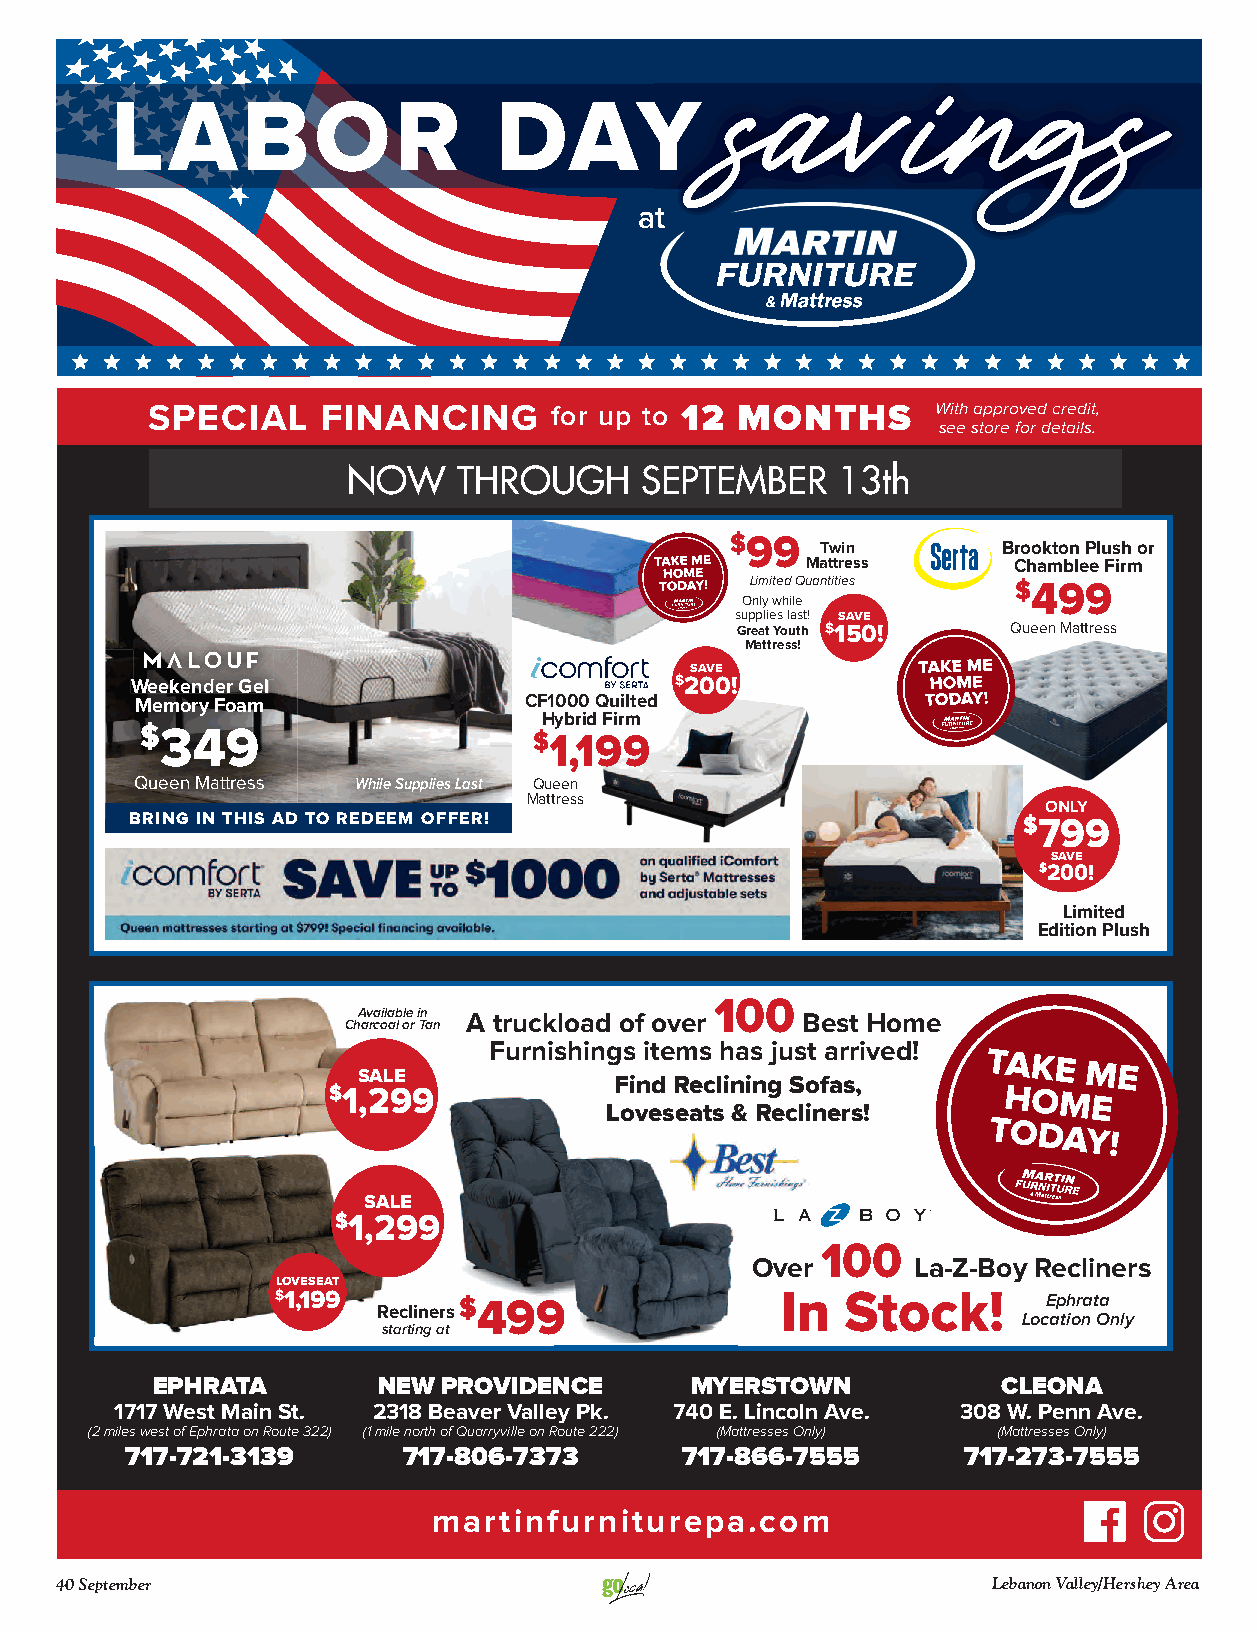
savings
 LABOR                     DAY
 at
 SPECIAL    FINANCING      for up to 12 MONTHS       With approved credit,
 see store for details.
 NAUOGWU TSHTR 1O8UthG - HS ESPepTTEeMmBbeERR 1133tthh
 $99
 Twin        Brookton Plush or
 Mattress      Chamblee Firm
 Limited Quantities $499
 Only while
 supplies last! SAVE
 Great Youth $150! Queen Mattress
 Mattress!
 SAVE
 WWeeeekkeennddeerr GGeell           $200!
 Memory Foam               CF1000 Quilted
 Hybrid Firm
 $349
 $1,199
 Queen Mattress While Supplies Last Queen
 Mattress
 ONLY
 BRING IN THIS AD TO REDEEM OFFER!                          $799
 SAVE
 $200!
 Limited
 Edition Plush
 100
 Available in A truckload of over Best Home
 Charcoal or Tan
 Furnishings items has just arrived!
 SALE             Find Reclining Sofas,
 $1,299
 Loveseats & Recliners!
 SALE
 $1,299
 100
 Over       La-Z-Boy Recliners
 LOVESEAT
 $1,199      $499                  In  Stock!       Ephrata
 Recliners
 Location Only
 starting at
 EPHRATA        NEW PROVIDENCE       MYERSTOWN           CLEONA
 1717 West Main St. 2318 Beaver Valley Pk. 740 E. Lincoln Ave. 308 W. Penn Ave.
 (2 miles west of Ephrata on Route 322) (1 mile north of Quarryville on Route 222) (Mattresses Only) (Mattresses Only)
 717-721-3139       717-806-7373      717-866-7555       717-273-7555
 martinfurniturepa.com
 40 September                                                  Lebanon Valley/Hershey Area